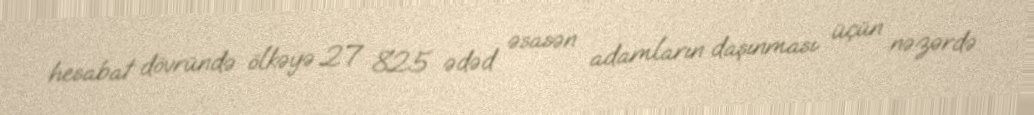
hesabat dövründə ölkəyə 27 825 ədəd əsasən adamların daşınması üçün nəzərdə